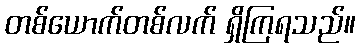
တစ်ယောက်တစ်လက် ရှိကြရသည်။